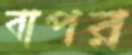
বাপর